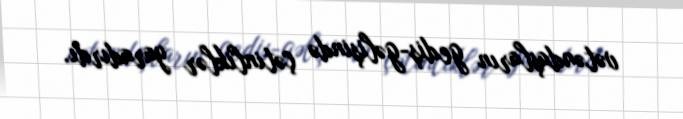
vətəndaşların gediş-gəlişində çətinliklər yaradırdı.